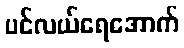
ပင်လယ်ရေအောက်